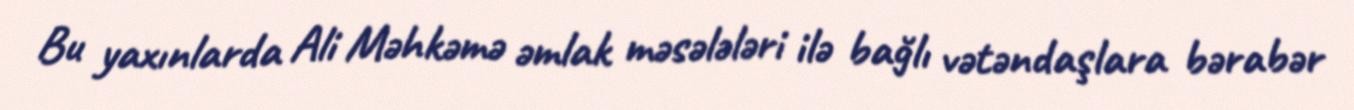
Bu yaxınlarda Ali Məhkəmə əmlak məsələləri ilə bağlı vətəndaşlara bərabər